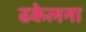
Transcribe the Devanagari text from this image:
ढकेलना